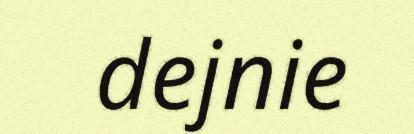
dejnie